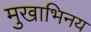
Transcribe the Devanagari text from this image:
मुखाभिनय